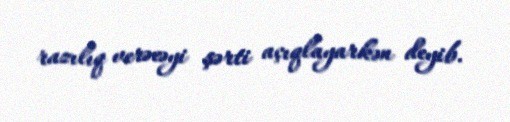
razılıq verəcəyi şərti açıqlayarkən deyib.